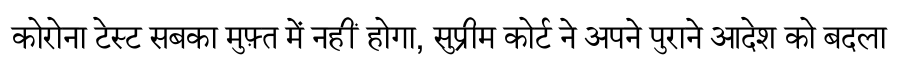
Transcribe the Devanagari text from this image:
कोरोना टेस्ट सबका मुफ़्त में नहीं होगा, सुप्रीम कोर्ट ने अपने पुराने आदेश को बदला